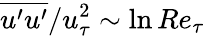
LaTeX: \overline{{u^{\prime}u^{\prime}}}/u_{\tau}^{2}\sim\ln Re_{\tau}